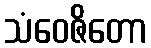
သံဝေဇိတော